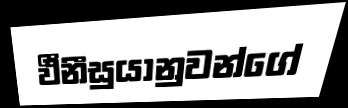
ඵීනීසුයානුවන්ගේ